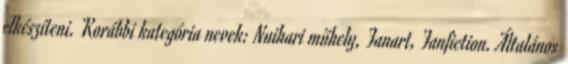
elkészíteni. Korábbi kategória nevek: Nuihari műhely, Fanart, Fanfiction. Általános